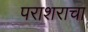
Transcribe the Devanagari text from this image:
पराशराचा